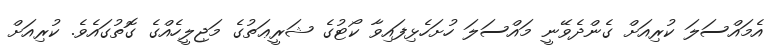
އެމައްސަލަ ކުރިއަށް ގެންދެވޭނީ މައްސަލަ ހުށަހެޅިފައިވާ ކޯޓުގެ ޝަރީޢަތުގެ މަޖިލީހެއްގެ ގޮތުގައެވެ. ކުރިއަށް